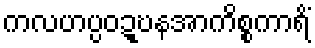
ကလဟပ္ပဝဍ္ဎနအာကိစ္စကာရိံ